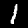
Label: 1